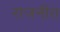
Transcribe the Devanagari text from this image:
राजनीत